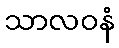
သာလဝနံ